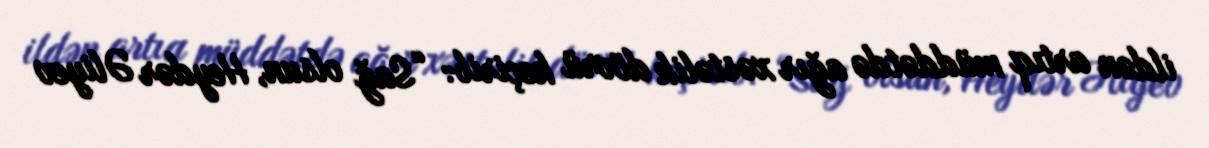
ildən artıq müddətdə ağır xəstəlik dövrü keçirib: “Sağ olsun, Heydər Əliyev